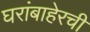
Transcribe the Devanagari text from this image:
घरांबाहेरची